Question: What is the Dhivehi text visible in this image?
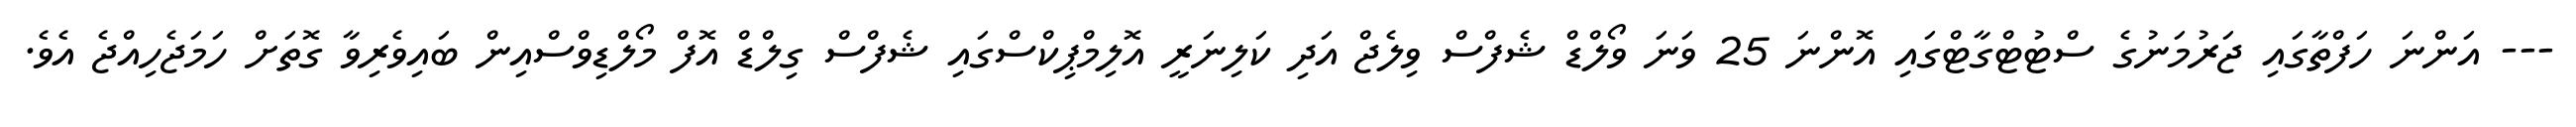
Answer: --- އަންނަ ހަފްތާގައި ޖަރުމަނުގެ ސްޓުޓްގާޓްގައި އޮންނަ 25 ވަނަ ވޯލްޑް ޝެފްސް ވިލެޖް އަދި ކަލިނަރީ އޮލިމްޕިކްސްގައި ޝެފްސް ގިލްޑް އޮފް މޯލްޑިވްސްއިން ބައިވެރިވާ ގޮތަށް ހަމަޖެހިއްޖެ އެވެ.